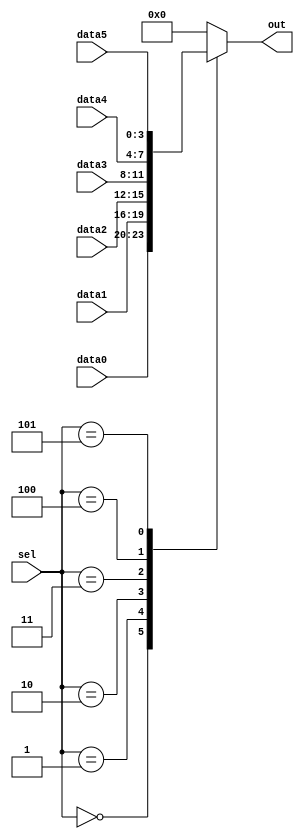
// synthesis verilog_input_version verilog_2001
module top_module ( 
    input [2:0] sel, 
    input [3:0] data0,
    input [3:0] data1,
    input [3:0] data2,
    input [3:0] data3,
    input [3:0] data4,
    input [3:0] data5,
    output reg [3:0] out   
);//

    always@(*) begin  // This is a combinational circuit
        case(sel)
            3'b000: out = data0;
            3'b001: out = data1;
            3'b010: out = data2;
            3'b011: out = data3; 
            3'b100: out = data4;
            3'b101: out = data5;
            default: out = 0;
        endcase
    end

endmodule